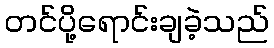
တင်ပို့ရောင်းချခဲ့သည်